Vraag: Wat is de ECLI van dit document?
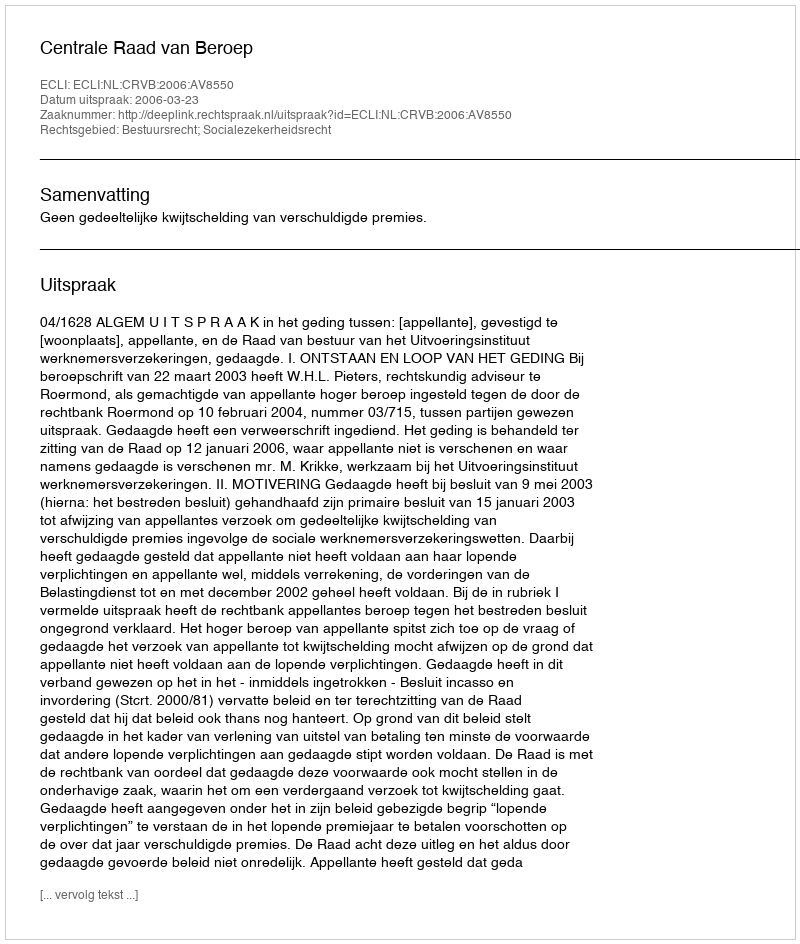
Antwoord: ECLI:NL:CRVB:2006:AV8550